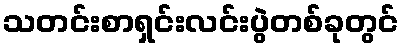
သတင်းစာရှင်းလင်းပွဲတစ်ခုတွင်